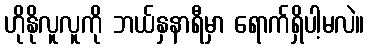
ဟိုနိုလူလူကို ဘယ်နှနာရီမှာ ရောက်ရှိပါ့မလဲ။